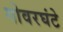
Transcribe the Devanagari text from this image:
गोवरघंटे